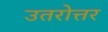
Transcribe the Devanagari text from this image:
उतरोत्तर